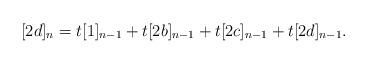
LaTeX: \begin{align*}[2d]_n = t [1]_{n-1} + t [2b]_{n-1} + t [2c]_{n-1} + t [2d]_{n-1}.\end{align*}